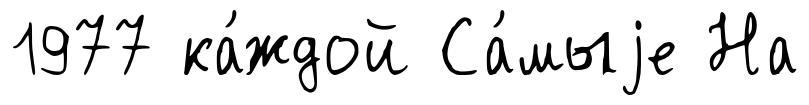
1977 ка́ждой Са́мыjе На